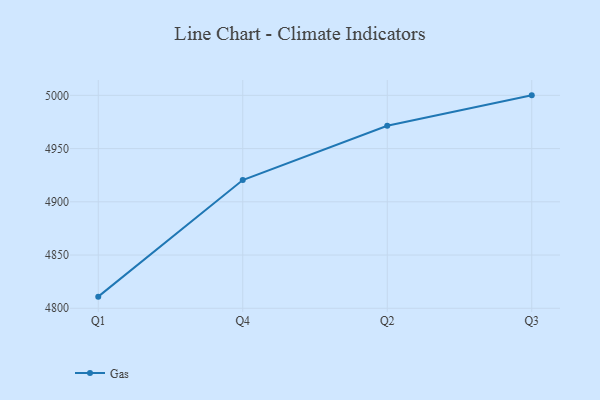
{"axis": {"x": "Quarter", "y": "Operating Costs (USD K)"}, "legend": ["Gas"], "data": [{"x": "Q1", "y": 4810.9, "type": "Gas"}, {"x": "Q4", "y": 4920.4, "type": "Gas"}, {"x": "Q2", "y": 4971.5, "type": "Gas"}, {"x": "Q3", "y": 5000, "type": "Gas"}]}